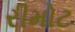
રીમોટ